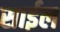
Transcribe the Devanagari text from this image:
साईल